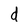
Character: d